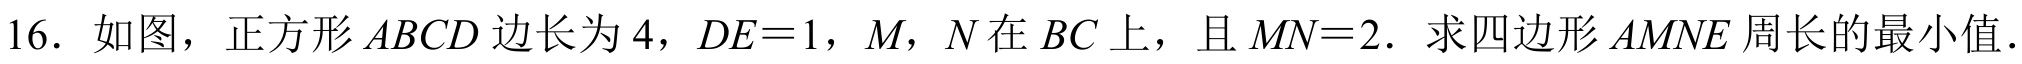
16. 如图，正方形\(ABCD\)边长为\(4\)，\(DE = 1\)，\(M\)，\(N\)在\(BC\)上，且 \(MN = 2\). 求四边形\(AMNE\)周长的最小值.